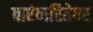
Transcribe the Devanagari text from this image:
वारंवारितेवर